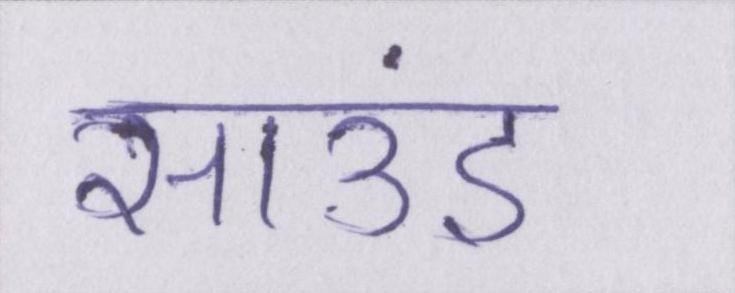
साउंड